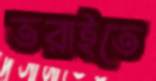
তরাইতে